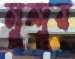
লুন্দুর